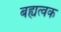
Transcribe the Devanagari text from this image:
बह्यत्वक